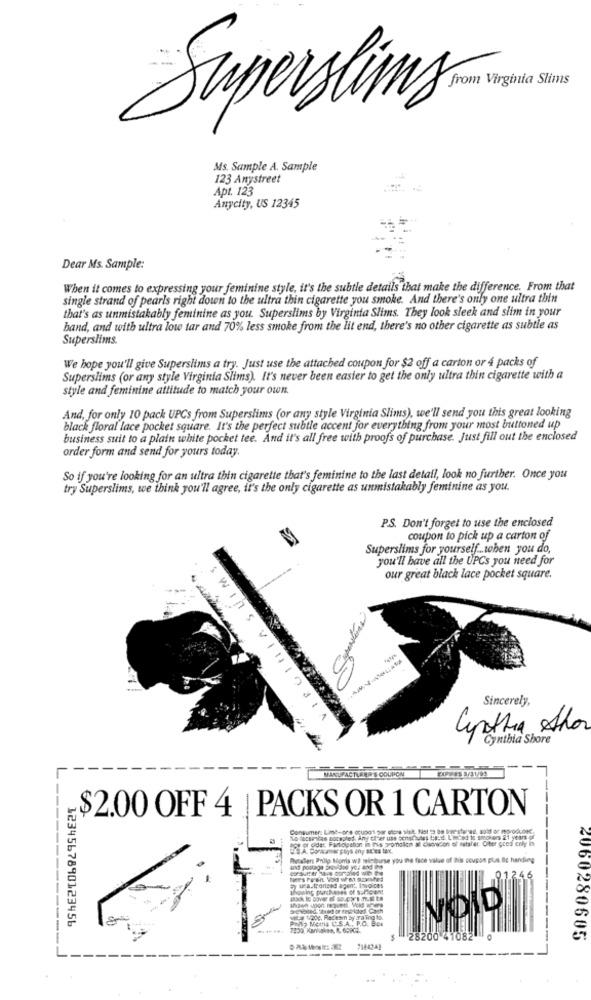
from Virginia Slims
Superslim
Ms. Sample A. Sample
123 Anystreet
Apt. 123
Anycity, US 12345
Dear Ms. Sample:
When it comes to expressing your feminine style, it's the subtle details that make the difference. From that
single strand of pearls right down to the ultra thin cigarette you smoke. And there's only one ultra thin
that's as unmistakably feminine as you. Superslims by Virginia Slims. They look sleek and slim in your
hand, and with ultra low tar and 70% less smoke from the lit end, there's no other cigarette as subtle as
Superslims.
We hope you'll give Superslims a try. Just use the attached coupon for $2 off a carton or 4 packs of
Superslims (or any style Virginia Slims). It's never been easier to get the only ultra thin cigarette with a
style and feminine attitude to match your own
And, for only 10 pack UPCs from Superslims (or any style Virginia Slims), we'll send you this great looking
black floral lace pocket square. It's the perfect subtle accent for everything from your most buttoned up
business suit to a plain white pocket tee. And it's all free with proofs of purchase. Just fill out the enclosed
order form and send for yours today.
So if you're looking for an ultra thin cigarette that's feminine to the last detail, look no further. Once you
try Superslims, we think you'll agree, it's the only cigarette as unmistakably feminine as you.
P.S. Don't forget to use the enclosed
coupon to pick up a carton of
Superslims for yourself .. when you do,
you'll have all the UPCs you need for
our great black lace pocket square.
WII
S
Sincerely,
Cynthia Ahor
Cynthia Shore
MANUFACTURER'S COUPON
$2.00 OFF 4 | PACKS OR 1 CARTON
Consumer: Lime-pre ocupos por stpre siee. Not to Be tar started, solt ar moroccose
natation in Pris pronslen at cisohacon of' notater. Oter gros enly in
Avtalen Philip Morris w? weighurse you the face value of this coupon plus Bc handing
and postage provided yo. and ip
cor sumer have corpled wie the
91.246
ay uh.trorized agent, Invoices
Thouing purchases of sufficient
1234567890123456
- tape. Racesn by ara ing to.
PRIS Meria L'.S.A ., P.O. BON
------------
28200 41082
2060280605
-----
---
--